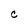
Character: C